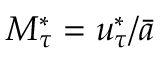
M _ { \tau } ^ { * } = u _ { \tau } ^ { * } / \bar { a }